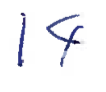
Text: 14
Cross-out: clean
Writing tool: ballpoint